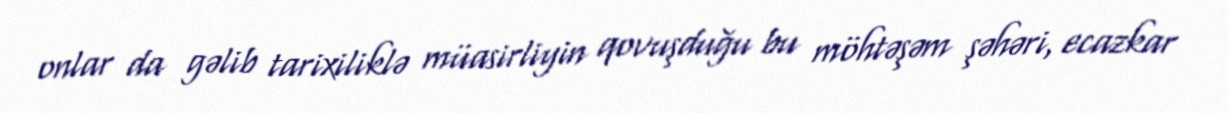
onlar da gəlib tarixiliklə müasirliyin qovuşduğu bu möhtəşəm şəhəri, ecazkar